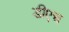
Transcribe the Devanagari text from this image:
डीएच